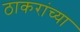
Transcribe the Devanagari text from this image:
ठाकरांच्या